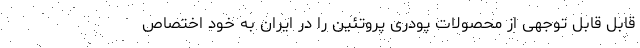
قابل قابل توجهی از محصولات پودری پروتئین را در ایران به خود اختصاص